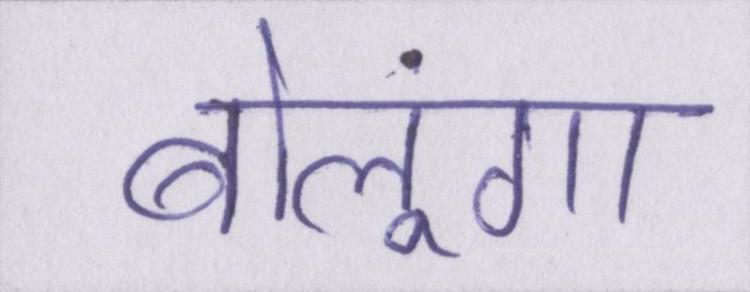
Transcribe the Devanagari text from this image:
बोलूंगा